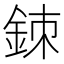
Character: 𨦉